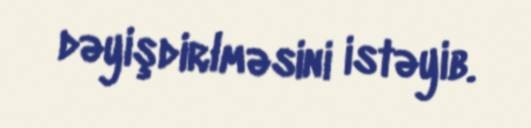
dəyişdirlməsini istəyib.